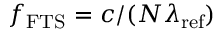
f _ { \mathrm { F T S } } = c / ( N \lambda _ { \mathrm { r e f } } )